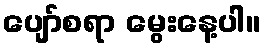
ပျော်စရာ မွေးနေ့ပါ။